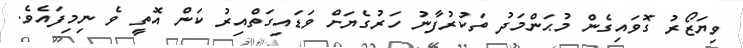
ވިޔަޒޯރު ގޮވައިގެން މުޙަންމަދު ތަކުރުފާނު ހަރުގެޔަށް ވަޑައިގަތްއިރު ކަން އޮތީ ވެ ނިމިފައެވެ.